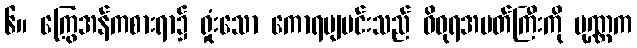
၆။ ကြွေအန်ကစားရာ၌ ရှုံးသော ကောရဗျမင်းသည် ဝိဓုရအမတ်ကြီးကို ပုဏ္ဏက